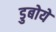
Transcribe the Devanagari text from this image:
डुबोये